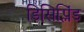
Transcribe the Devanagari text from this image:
डिसिप्लिंड